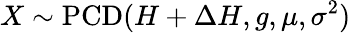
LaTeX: X\sim\operatorname{PCD}(H+\Delta H,g,\mu,\sigma^{2})